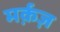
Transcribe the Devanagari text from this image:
मर्क़ज़